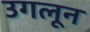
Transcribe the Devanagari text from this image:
उगलून